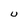
Character: U